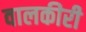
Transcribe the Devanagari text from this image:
वालकीरी